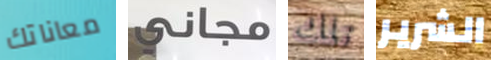
معاناتك مجاني تلك الشرير